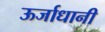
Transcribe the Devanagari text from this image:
ऊर्जाधानी